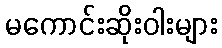
မကောင်းဆိုးဝါးများ